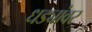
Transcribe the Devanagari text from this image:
धड्यांवर